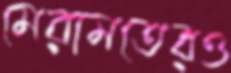
মেরামতেরও